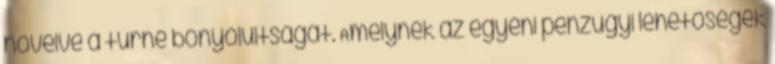
növelve a turné bonyolultságát. Amelynek az egyéni pénzügyi lehetőségek